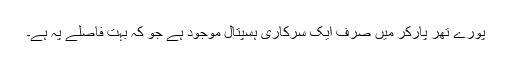
پورے تھر پارکر میں صرف ایک سرکاری ہسپتال موجود ہے جو کہ بہت فاصلے پہ ہے۔